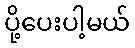
ပို့ပေးပါ့မယ်